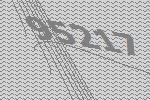
95217